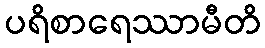
ပရိစာရေဿာမီတိ